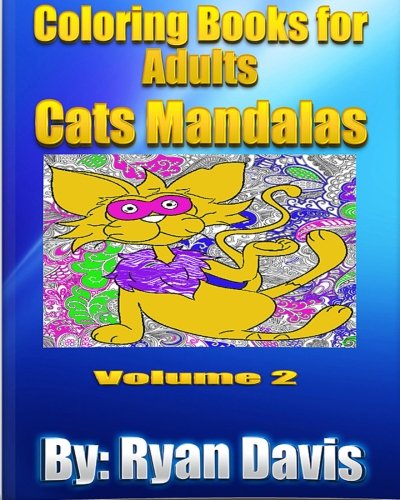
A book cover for Coloring Books For Adults - Cats Mandalas (Animals & Mandalas ); Ryan Davis; Comics & Graphic Novels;